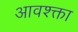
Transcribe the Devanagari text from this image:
आवश्क्ता